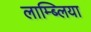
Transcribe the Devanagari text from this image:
लाम्ब्लिया